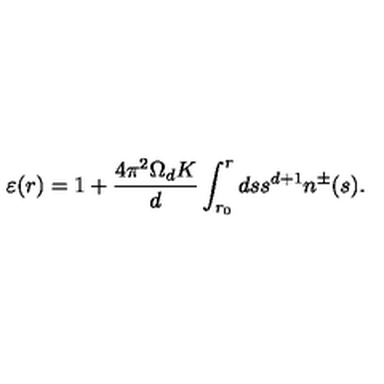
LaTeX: \varepsilon ( r ) = 1 + \frac { 4 \pi ^ { 2 } \Omega _ { d } K } { d } \int _ { r _ { 0 } } ^ { r } d s s ^ { d + 1 } n ^ { \pm } ( s ) .